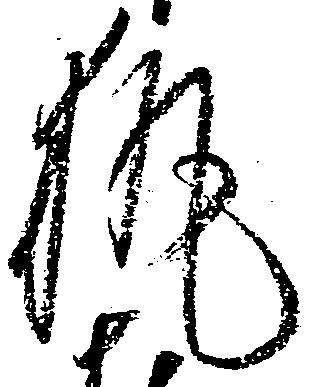
執